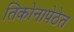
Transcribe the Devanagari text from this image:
तिकोनापेठेत